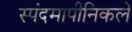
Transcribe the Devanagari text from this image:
स्पंदमापीनिकले